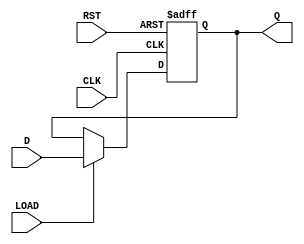
module FlipFlopRegister #(
    parameter N = 8 // Width of the register (number of bits)
)(
    input  wire [N-1:0] D,     // Data input
    input  wire CLK,            // Clock input
    input  wire RST,            // Asynchronous reset
    input  wire LOAD,           // Load new data signal
    output reg  [N-1:0] Q       // Data output
);

    // Asynchronous reset and loading mechanism
    always @(posedge CLK or posedge RST) begin
        if (RST) begin
            Q <= {N{1'b0}}; // Reset all bits to 0
        end else if (LOAD) begin
            Q <= D; // Load new data
        end
    end

endmodule